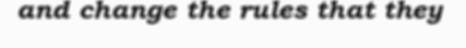
and change the rules that they